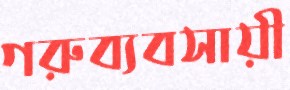
গরুব্যবসায়ী